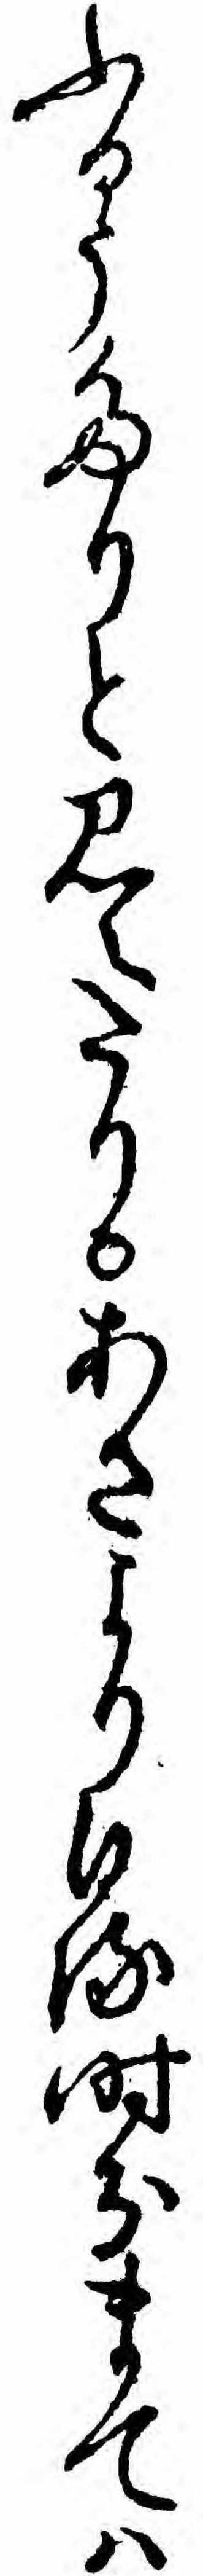
ふるうたりと見えたりあさよりひる時分まてハ